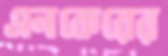
এনকেরের